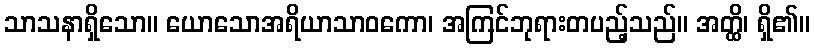
သာသနာရှိသော။ ယောသောအရိယာသာဝကော၊ အကြင်ဘုရားတပည့်သည်။ အတ္ထိ၊ ရှိ၏။